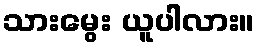
သားမွေး ယူပါလား။